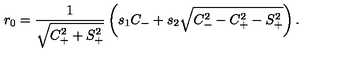
r _ { 0 } = { \frac { 1 } { \sqrt { C _ { + } ^ { 2 } + S _ { + } ^ { 2 } } } } \left( s _ { 1 } C _ { - } + s _ { 2 } \sqrt { C _ { - } ^ { 2 } - C _ { + } ^ { 2 } - S _ { + } ^ { 2 } } \right) .